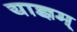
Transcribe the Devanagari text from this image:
याज्ञम्